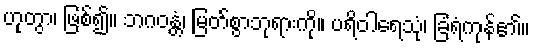
ဟုတွာ၊ ဖြစ်၍။ ဘဂဝန္တံ၊ မြတ်စွာဘုရားကို။ ပရိဝါရေသုံ၊ ခြံရံကုန်၏။